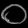
Digit: ၀